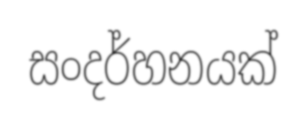
සංදර්හනයක්